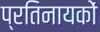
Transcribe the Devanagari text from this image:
प्रतिनायकों